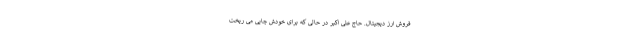
فروش ارز دیجیتال. حاج علی اکبر در حالی که برای خودش چایی می ­ریخت